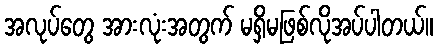
အလုပ်တွေ အားလုံးအတွက် မရှိမဖြစ်လိုအပ်ပါတယ်။